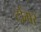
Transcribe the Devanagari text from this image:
टोंगर